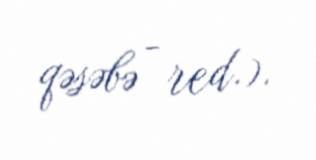
qəsəbə - red.).